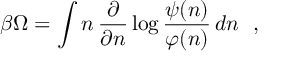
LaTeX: \beta \Omega = \int n \, \frac { \partial } { \partial n } \log \frac { \psi ( n ) } { \varphi ( n ) } \, d n \ \ ,